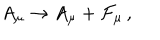
A _ { \mu } \rightarrow A _ { \mu } + { \cal F } _ { \mu } \, ,